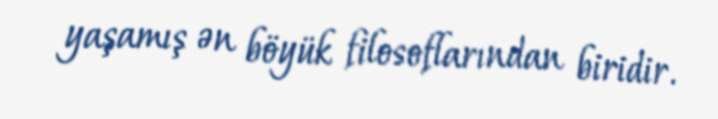
yaşamış ən böyük filosoflarından biridir.